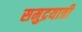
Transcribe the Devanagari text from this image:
समुद्रयात्री